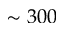
\sim 3 0 0